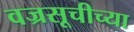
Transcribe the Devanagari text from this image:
वज्रसूचीच्या